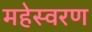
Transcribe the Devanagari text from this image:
महेस्वरण